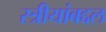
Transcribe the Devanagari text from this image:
स्त्रीयांबद्दल